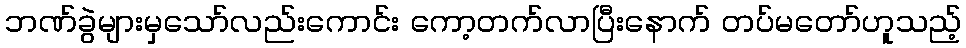
ဘဏ်ခွဲများမှသော်လည်းကောင်း ကော့တက်လာပြီးနောက် တပ်မတော်ဟူသည့်